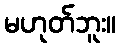
မဟုတ်ဘူး။